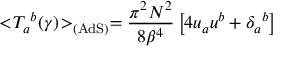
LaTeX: < \! { { T } _ { a } } ^ { b } ( \gamma ) \! > _ { \mathrm { ( A d S ) } } = { \frac { \pi ^ { 2 } N ^ { 2 } } { 8 { \beta } ^ { 4 } } } \left[ 4 u _ { a } u ^ { b } + { { \delta } _ { a } } ^ { b } \right]